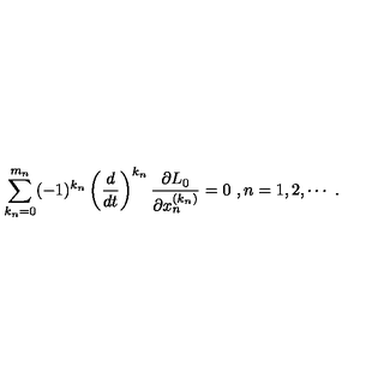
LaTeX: \sum _ { k _ { n } = 0 } ^ { m _ { n } } ( - 1 ) ^ { k _ { n } } \left( \frac { d } { d t } \right) ^ { k _ { n } } \frac { \partial L _ { 0 } } { \partial x _ { n } ^ { ( k _ { n } ) } } = 0 \ , n = 1 , 2 , \cdots \ .